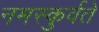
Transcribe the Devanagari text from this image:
नमस्कुर्वते